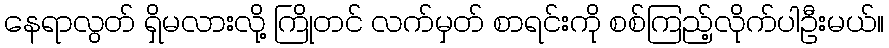
နေရာလွတ် ရှိမလားလို့ ကြိုတင် လက်မှတ် စာရင်းကို စစ်ကြည့်လိုက်ပါဦးမယ်။